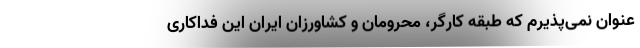
عنوان نمی‌پذیرم که طبقه کارگر، محرومان و کشاورزان ایران این فداکاری